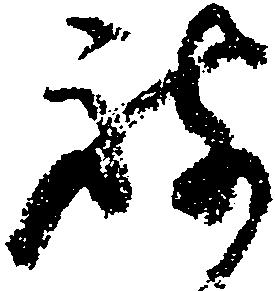
被